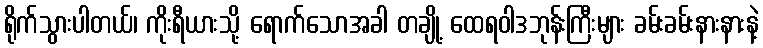
ရိုက်သွားပါတယ်၊ ကိုးရီယားသို့ ရောက်သောအခါ တချို့ ထေရဝါဒဘုန်းကြီးများ ခမ်းခမ်းနားနားနဲ့